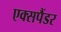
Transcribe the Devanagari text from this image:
एक्सपैंडर